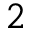
2